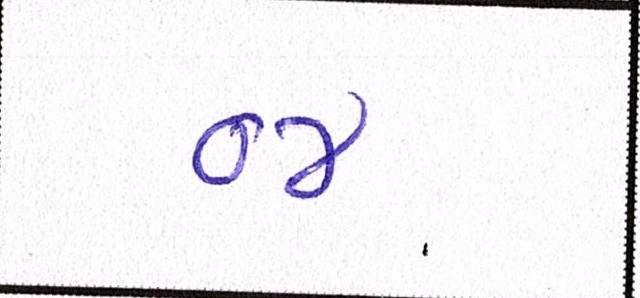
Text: ૦૪